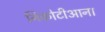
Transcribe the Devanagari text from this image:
निकोटीआना